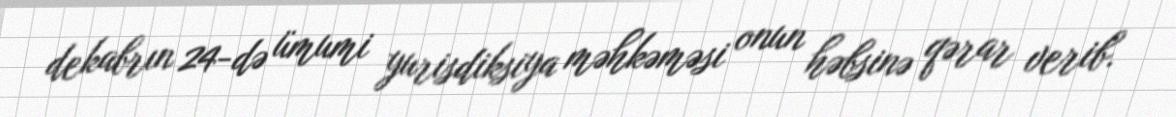
dekabrın 24-də ümumi yurisdiksiya məhkəməsi onun həbsinə qərar verib.